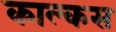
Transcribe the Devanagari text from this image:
काल्कस